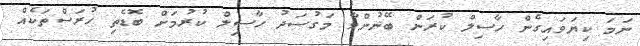
ނަމަ ކިޔަވައިގެން ހާސިލް ކުރަން ބޭނުންވާ މަގުސަދު ހާސިލް ކުރުމަށް ބޮޑެތި ހުރަސްތަކެއް